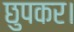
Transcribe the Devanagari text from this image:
छुपकर।